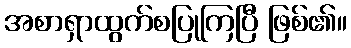
အစာရှာထွက်စပြုကြပြီ ဖြစ်၏။